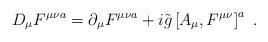
LaTeX: \begin{align*}D_{\mu}F^{\mu \nu a}=\partial_{\mu}F^{\mu \nu a}+i\tilde{g}\left[A_{\mu},F^{\mu \nu}\right]^a\ .\end{align*}